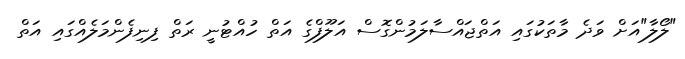
"ލޯލާ"އަށް ވަދެ މާތަކުގައި އަތްޖައްސާލަމުންގޮސް އަލޫފްގެ އަތް ހުއްޓުނީ ރަތް ފިނިފެންމަލެއްގައި އަތް